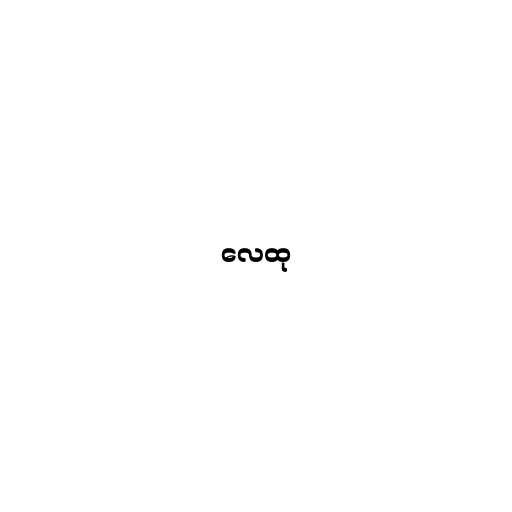
လေထု